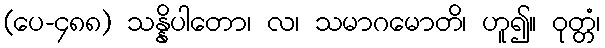
(ပေ-၄၈၈) သန္နိပါတော၊ လ၊ သမာဂမောတိ၊ ဟူ၍။ ဝုတ္တံ၊